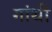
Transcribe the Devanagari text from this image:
गांथी